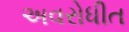
અવરોધીત